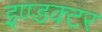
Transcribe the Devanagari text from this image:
इण्डक्टर